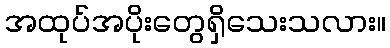
အထုပ်အပိုးတွေရှိသေးသလား။